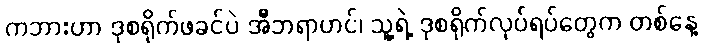
ကဘားဟာ ဒုစရိုက်ဖခင်ပဲ အီဘရာဟင်၊ သူ့ရဲ့ ဒုစရိုက်လုပ်ရပ်တွေက တစ်နေ့